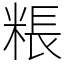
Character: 粻